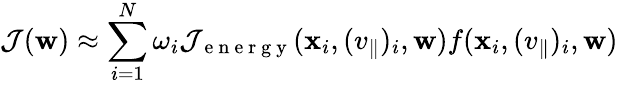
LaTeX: \mathcal{J}(\mathbf{w})\approx\sum_{i=1}^{N}\omega_{i}\mathcal{J}_{\mathrm{~e~n~e~r~g~y~}}(\mathbf{x}_{i},(v_{\parallel})_{i},\mathbf{w})f(\mathbf{x}_{i},(v_{\parallel})_{i},\mathbf{w})